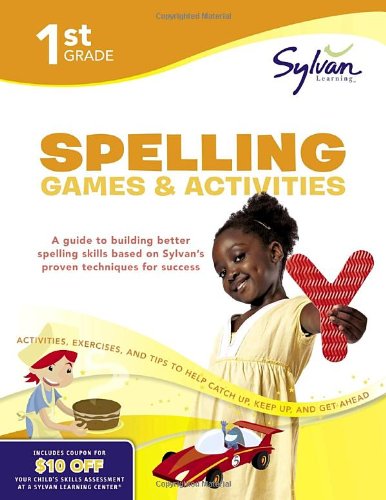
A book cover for First Grade Spelling Games & Activities (Sylvan Workbooks) (Language Arts Workbooks); Sylvan Learning; Reference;